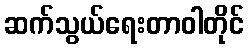
ဆက်သွယ်ရေးတာဝါတိုင်